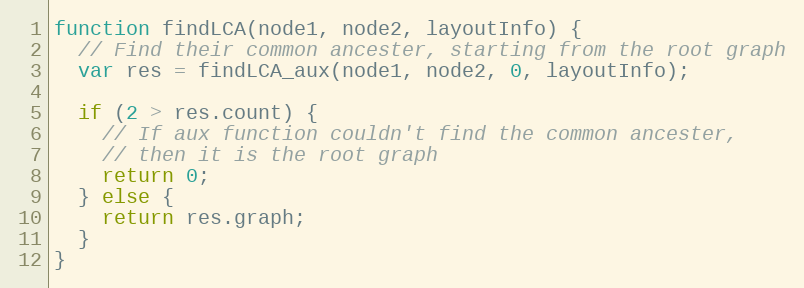
Language: JavaScript
function findLCA(node1, node2, layoutInfo) {
  // Find their common ancester, starting from the root graph
  var res = findLCA_aux(node1, node2, 0, layoutInfo);

  if (2 > res.count) {
    // If aux function couldn't find the common ancester,
    // then it is the root graph
    return 0;
  } else {
    return res.graph;
  }
}